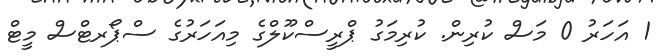
1 އަހަރު 0 މަސް ކުރިން. ކުރިމަގު ޕްރީސްކޫލްގެ މިއަހަރުގެ ސްޕޯރޓްސް މީޓް